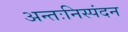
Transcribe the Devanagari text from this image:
अन्तःनिस्पंदन